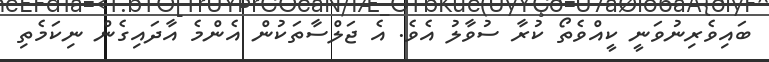
ބައިވެރިނުވަނީ ކީއްވެތޯ ކުރާ ސުވާލު އެވެ. އެ ޖަލްސާތަކުން އެންމެ އާދައިގެން ނިކަމެތި